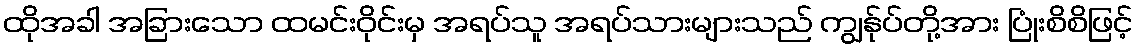
ထိုအခါ အခြားသော ထမင်းဝိုင်းမှ အရပ်သူ အရပ်သားများသည် ကျွန်ုပ်တို့အား ပြုံးစိစိဖြင့်